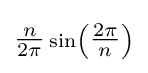
\scriptstyle {\tfrac {n}{2\pi }}\sin \left({\tfrac {2\pi }{n}}\right)